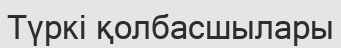
Түркі қолбасшылары